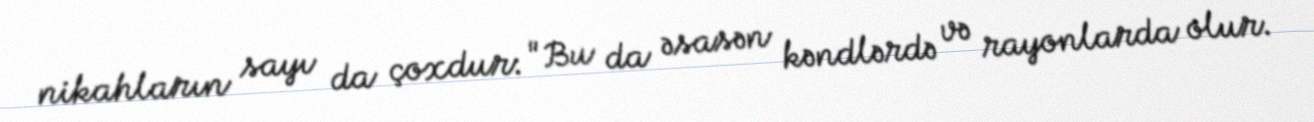
nikahların sayı da çoxdur: "Bu da əsasən kəndlərdə və rayonlarda olur.